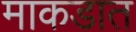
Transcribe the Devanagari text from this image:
माकडात